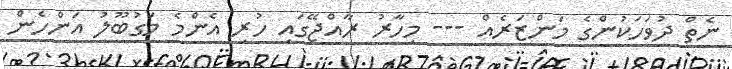
ނެތް ދުވަހަކުންގެ މަންޒަރެއް --- މިހާރު ރާއްޖޭގައި ހުރި އެންމެ މަގުބޫލު އަންހެން